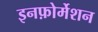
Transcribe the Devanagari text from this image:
इनफ़ोर्मेशन